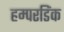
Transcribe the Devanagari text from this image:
हम्परडिंक